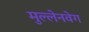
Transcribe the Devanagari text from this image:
मुल्लेनवेग